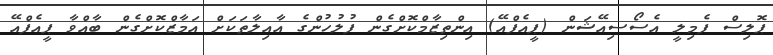
ޕޮލިސް ފެމިލީ އެސޯސިއޭޝަން (ޕީއެފްއޭ) އިންތިޒާމްކޮށްގެން ފުލުހުންގެ އާއިލާތަކަށް އަމާޒްކޮށްގެން ބާއްވާ ޕީއެފްއޭ